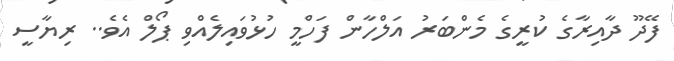
ފޭދޫ ދާއިރާގެ ކުރީގެ މެންބަރު އަލްހާން ފަހްމީ ހުޅުވައިލެއްވި ޕޯލް އެވެ.. ރިޔާސީ